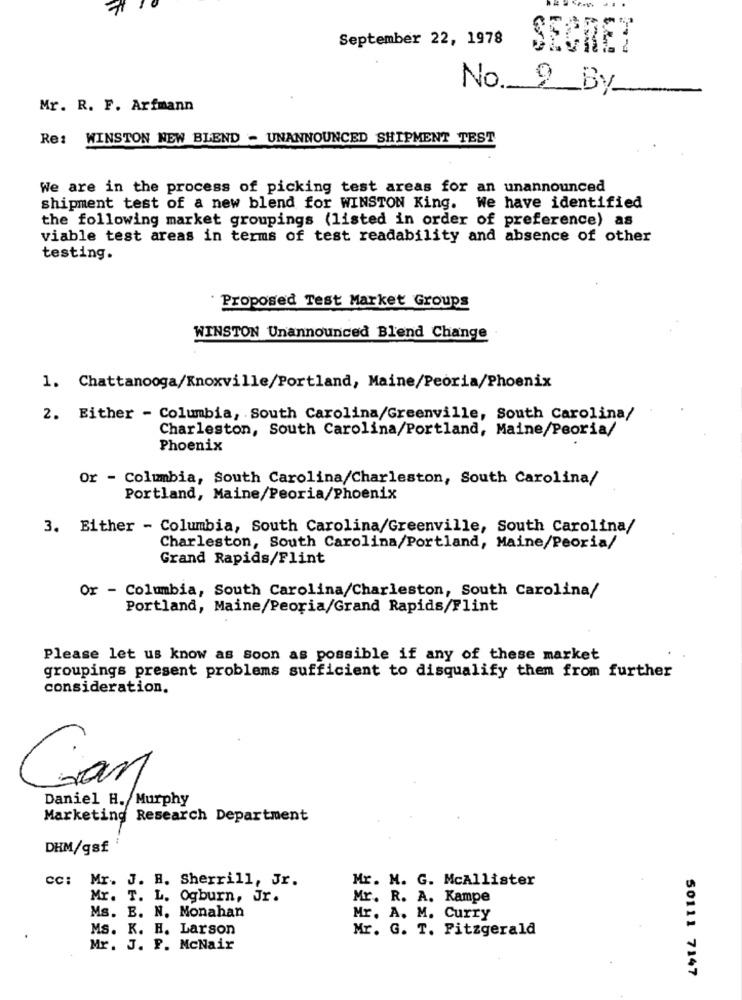
September 22, 1978
SECRET
No. 9 By
Mr. R. F. Arfmann
Re: WINSTON NEW BLEND - UNANNOUNCED SHIPMENT TEST
We are in the process of picking test areas for an unannounced
shipment test of a new blend for WINSTON King. We have identified
the following market groupings (listed in order of preference) as
viable test areas in terms of test readability and absence of other
testing.
Proposed Test Market Groups
WINSTON Unannounced Blend Change
1. Chattanooga/Knoxville/Portland, Maine/Peoria/Phoenix
2. Either - Columbia, South Carolina/Greenville, South Carolina/
Charleston, South Carolina/Portland, Maine/Peoria/
Phoenix
Or - Columbia, South Carolina/Charleston, South Carolina/
Portland, Maine/Peoria/Phoenix
3. Either - Columbia, South Carolina/Greenville, South Carolina/
Charleston, South Carolina/Portland, Maine/Peoria/
Grand Rapids/Flint
Or - Columbia, South Carolina/Charleston, South Carolina/
Portland, Maine/Peoria/Grand Rapids/Flint
Please let us know as soon as possible if any of these market
groupings present problems sufficient to disqualify them from further
consideration.
Car
Daniel H. Murphy
Marketing Research Department
DHM/gsf
cc:
Mr. J. B. Sherrill, Jr.
Mr. M. G. McAllister
Mr. T. L. Ogburn, Jr.
Mr. R. A. Kampe
Ms. B. N. Monahan
Mr. A. M. Curry
Ms. K. H. Larson
Mr. G. T. Fitzgerald
Mr. J. P. McNair
50111 7147